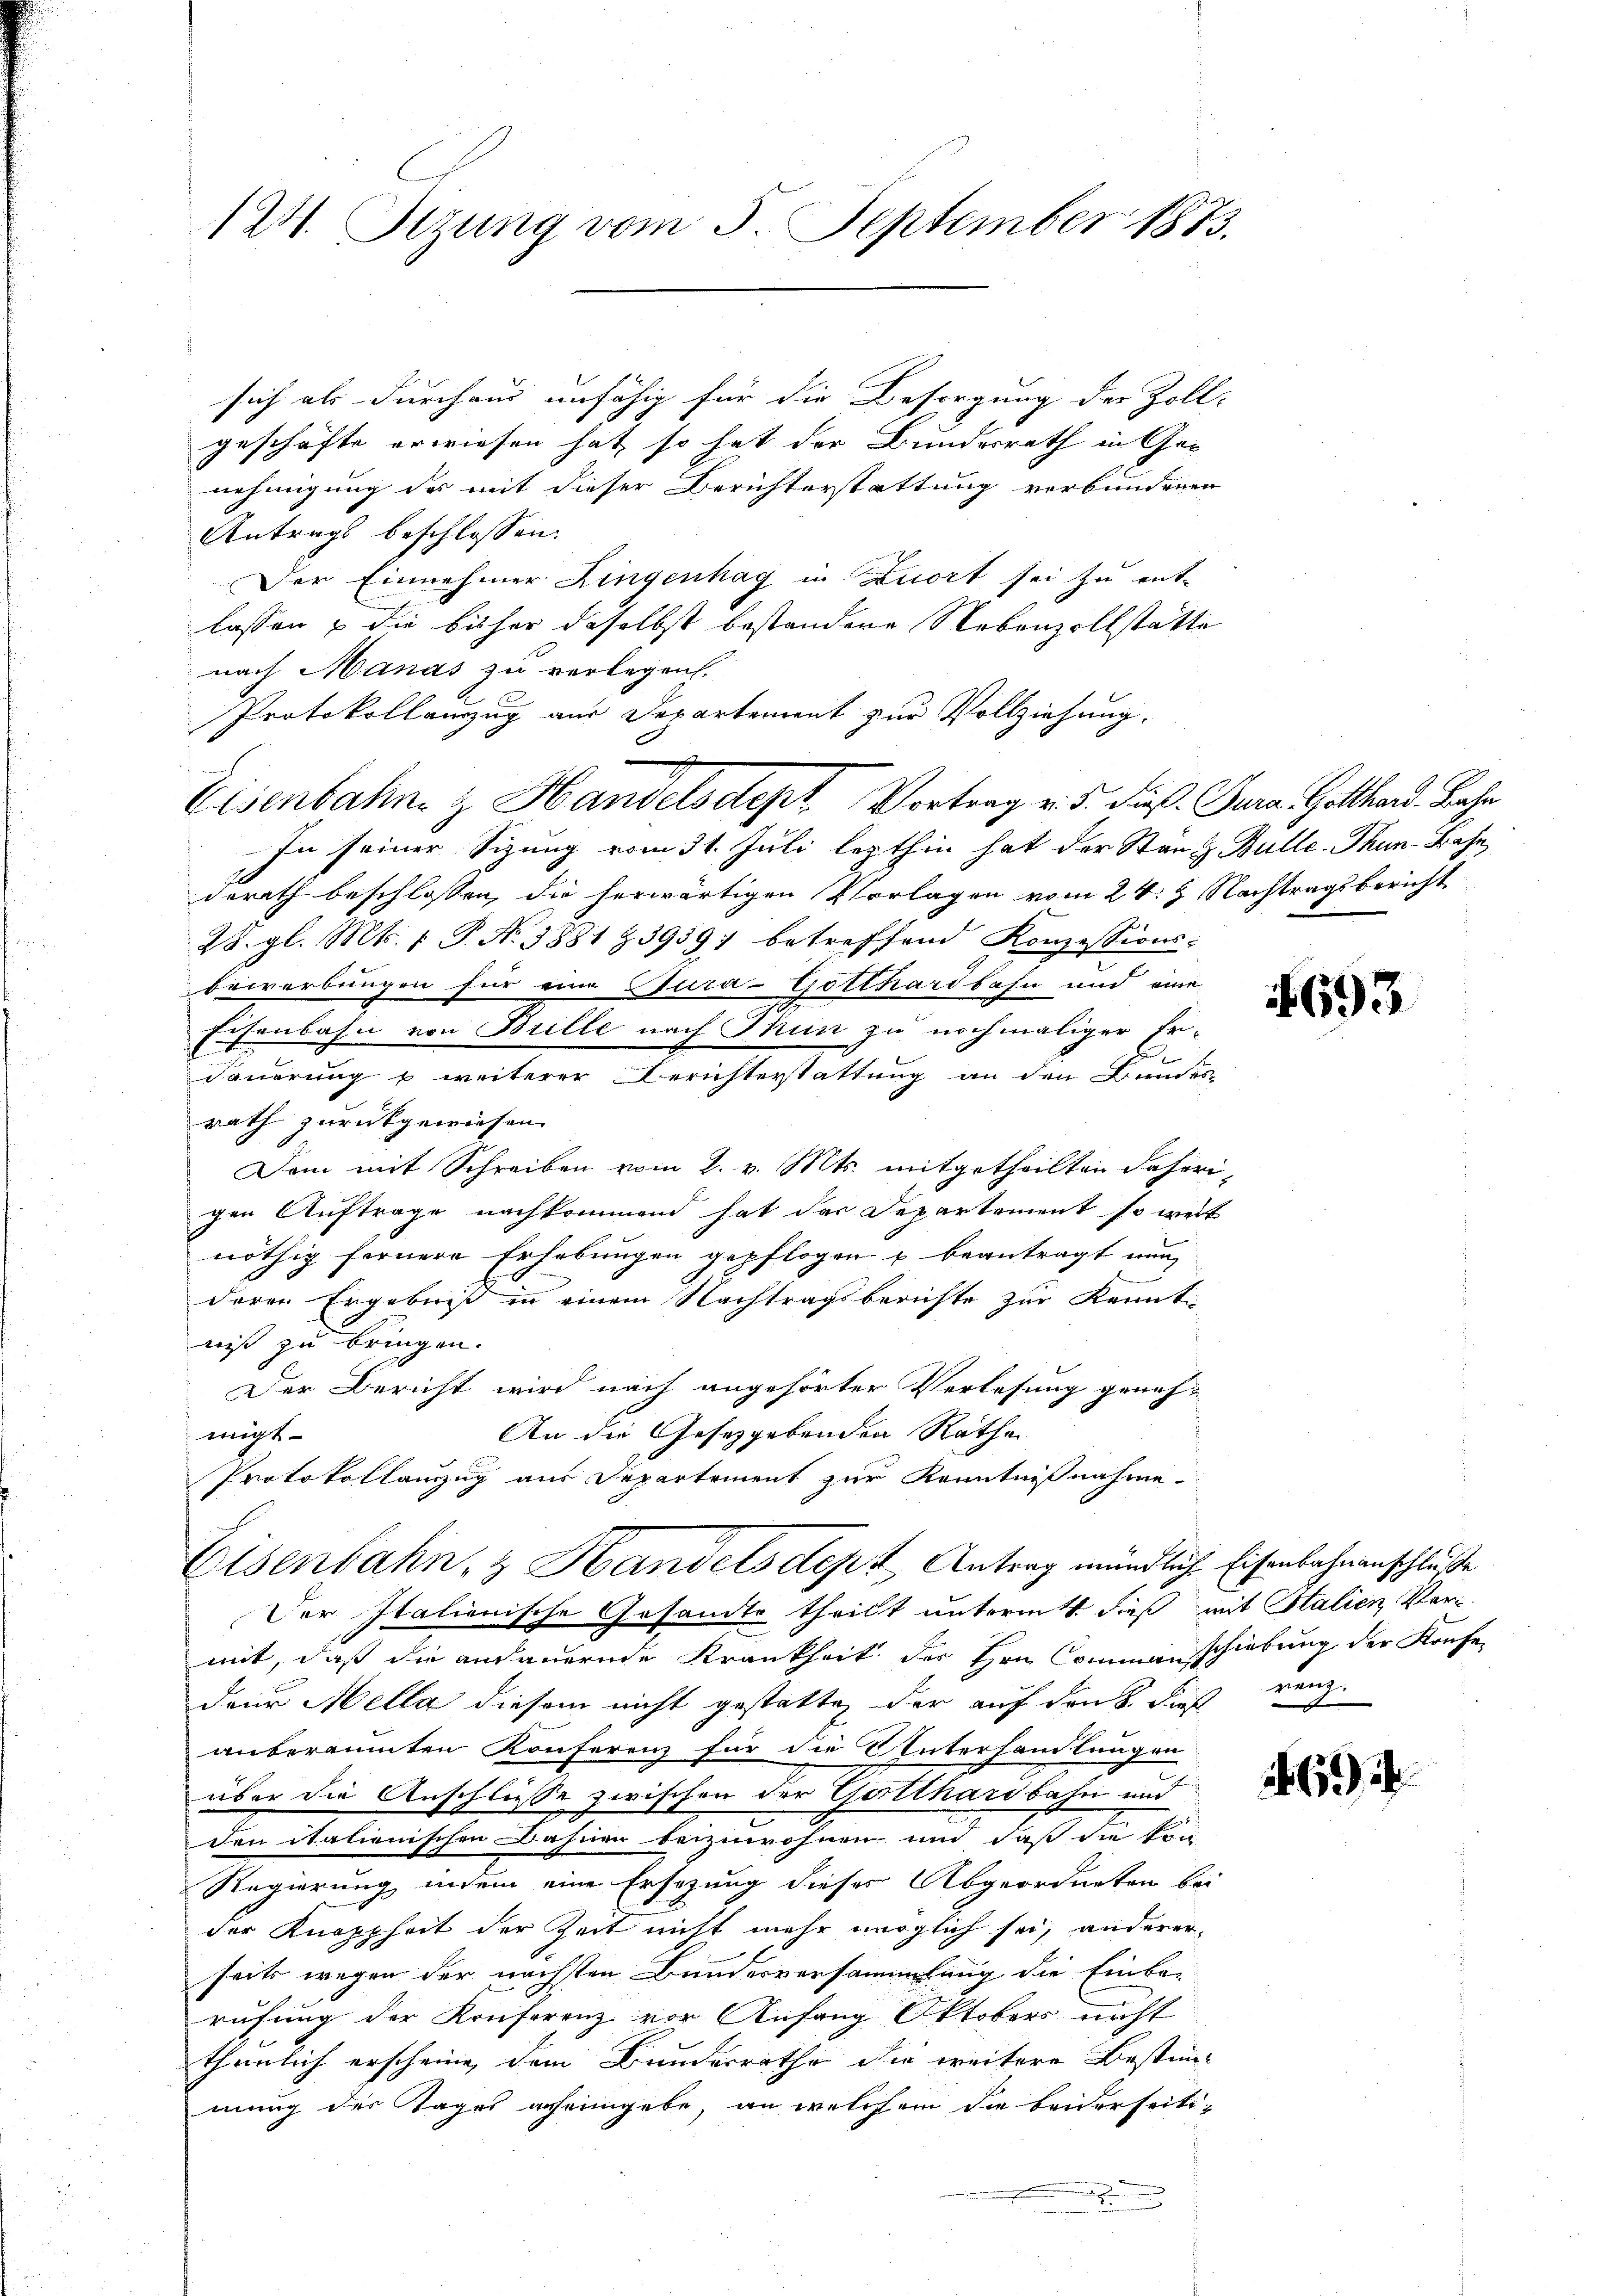
124. Sezung vom 5. September 1873.

sich als durchaus unfähig für die Besorgung des Zoll- |
geschäfte erwiesen hat, so hat der Bundesrath in Ge-
nehmigung des mit dieser Berichterstattung verbundenen
Antrags beschlossen:
Der Einnehmer Lingenhag in Zuort sei zu ent-
lassen & die bisher daselbst bestandere Nebenzollstatte
nach Manas zu verlegen.
Protokollenzug aus Departement zur Vollziehung.
In seiner Sizung vom 31. Juli lezthin hat der Stand Bulle-Thun-Bahn,
derath beschlossen, die herwärtigen Vorlagen vom 24. Nachtragsbericht
28. gl. Mts. 1. P. Nr. 3881 & 3959; betreffend Konzessions-
bewerbungen für eine Cura-Gotthardbahn und eine
Eisenbahn von Brille nach Thun zu nochmaliger Er-
dauerung u weiterer Berichterstattung an den Bundes
rath zurückgewiesen.
Dem mit Schreiben vom 2. v. Mts. mitgetheilten Fäherigen Auftrage nachkommend hat das Departement so weit
nöthig fernere Erhebungen gepflogen u beantragt nur
deren Ergebniß in einem Nachtragsberichte zur Kennt-
niß zu bringen.
Der Bericht wird nach angehörter Verlesung geneh¬
An die Gesetzgebenden Räthe
migt
Protokollanzug aus Departement zur Kenntnißnahme.

Eisenbahn & Handelsdept Vortrag v. 5. Fuß. Gura. Gotthard. Bahn

Eisenbahn, & Handelsdept, Antrag mündliche Eisenbahnanschluße
Der Italienische Gesandte theilt untermitt dieß mit Stalien Ver¬

mit, daß die andauernde Krankheit der Hrn. Commenschiebung der Konfedeur Mella diesem nicht gestatte, der auf den S. dies renzanberaumten Konferenz für die Unterhandlungen
über die Anschlüße zwischen der Gotthardbahn und
den italienischen Bahnen beizuwohnen und daß die kon
Regierung indem eine Ersezung dieser Abgeordneten bei
der Knopfheit der Zeit nicht mehr möglich sei, anderer-
seits wegen der nächsten Bunderversammlung die Einba-
rufung der Konferenz vor Anfang Oktobers nicht
thümlich erscheine, dem Bundesrathe die weitere Bestimm-
mung der Tages anheimgebe, an welchem die beiderseiti¬

693

694